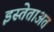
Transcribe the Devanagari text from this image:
इस्तेताअत